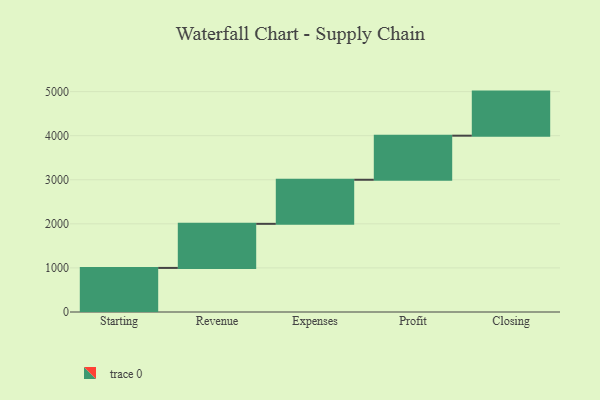
{"axis": {"x": "Step", "y": "Value"}, "legend": [""], "data": [{"x": "Starting", "y": 1000, "type": ""}, {"x": "Revenue", "y": 1000, "type": ""}, {"x": "Expenses", "y": 1000, "type": ""}, {"x": "Profit", "y": 1000, "type": ""}, {"x": "Closing", "y": 1000, "type": ""}]}